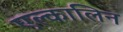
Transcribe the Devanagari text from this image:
एल्कालिन